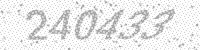
Solution: 240433